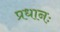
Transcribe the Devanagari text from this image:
प्रधानः